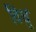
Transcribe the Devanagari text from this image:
विधुं